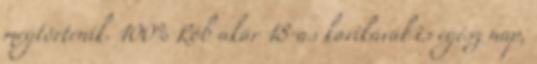
megtörténik. 100% Rob akár 18-as karikával is egész nap,